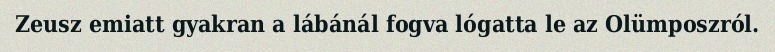
Zeusz emiatt gyakran a lábánál fogva lógatta le az Olümposzról.